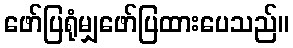
ဖော်ပြရုံမျှဖော်ပြထားပေသည်။